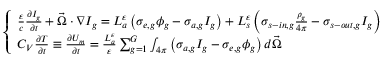
\left\{ \begin{array} { l } { { \frac { \varepsilon } { c } \frac { \partial I _ { g } } { \partial t } + \vec { \Omega } \cdot \nabla I _ { g } = L _ { a } ^ { \varepsilon } \left( \sigma _ { e , g } \phi _ { g } - \sigma _ { a , g } I _ { g } \right) + L _ { s } ^ { \varepsilon } \left( \sigma _ { s - i n , g } \frac { \rho _ { g } } { 4 \pi } - \sigma _ { s - o u t , g } I _ { g } \right) } } \\ { { C _ { V } \frac { \partial T } { \partial t } \equiv \frac { \partial U _ { m } } { \partial t } = \frac { L _ { a } ^ { \varepsilon } } { \varepsilon } \sum _ { g = 1 } ^ { G } \int _ { 4 \pi } \left( \sigma _ { a , g } I _ { g } - \sigma _ { e , g } \phi _ { g } \right) d \vec { \Omega } } } \end{array} \right.